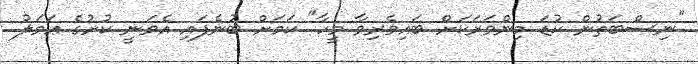
"ނިސްބަތުން ކުޑަ މިންވަރަކަށް ބައިވެރިވާ މީހާ" ކަމަށް ބުނެފައި އެވަނީ ކުށުގެ ޢަމަލު